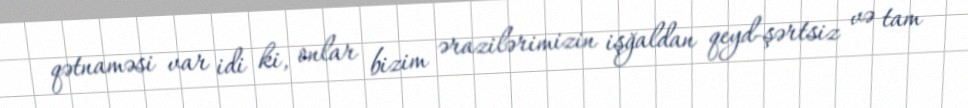
qətnaməsi var idi ki, onlar bizim ərazilərimizin işğaldan qeyd-şərtsiz və tam